38_143685_box_Incident_Summaries_101-172
Agency: Department of War
Page 104
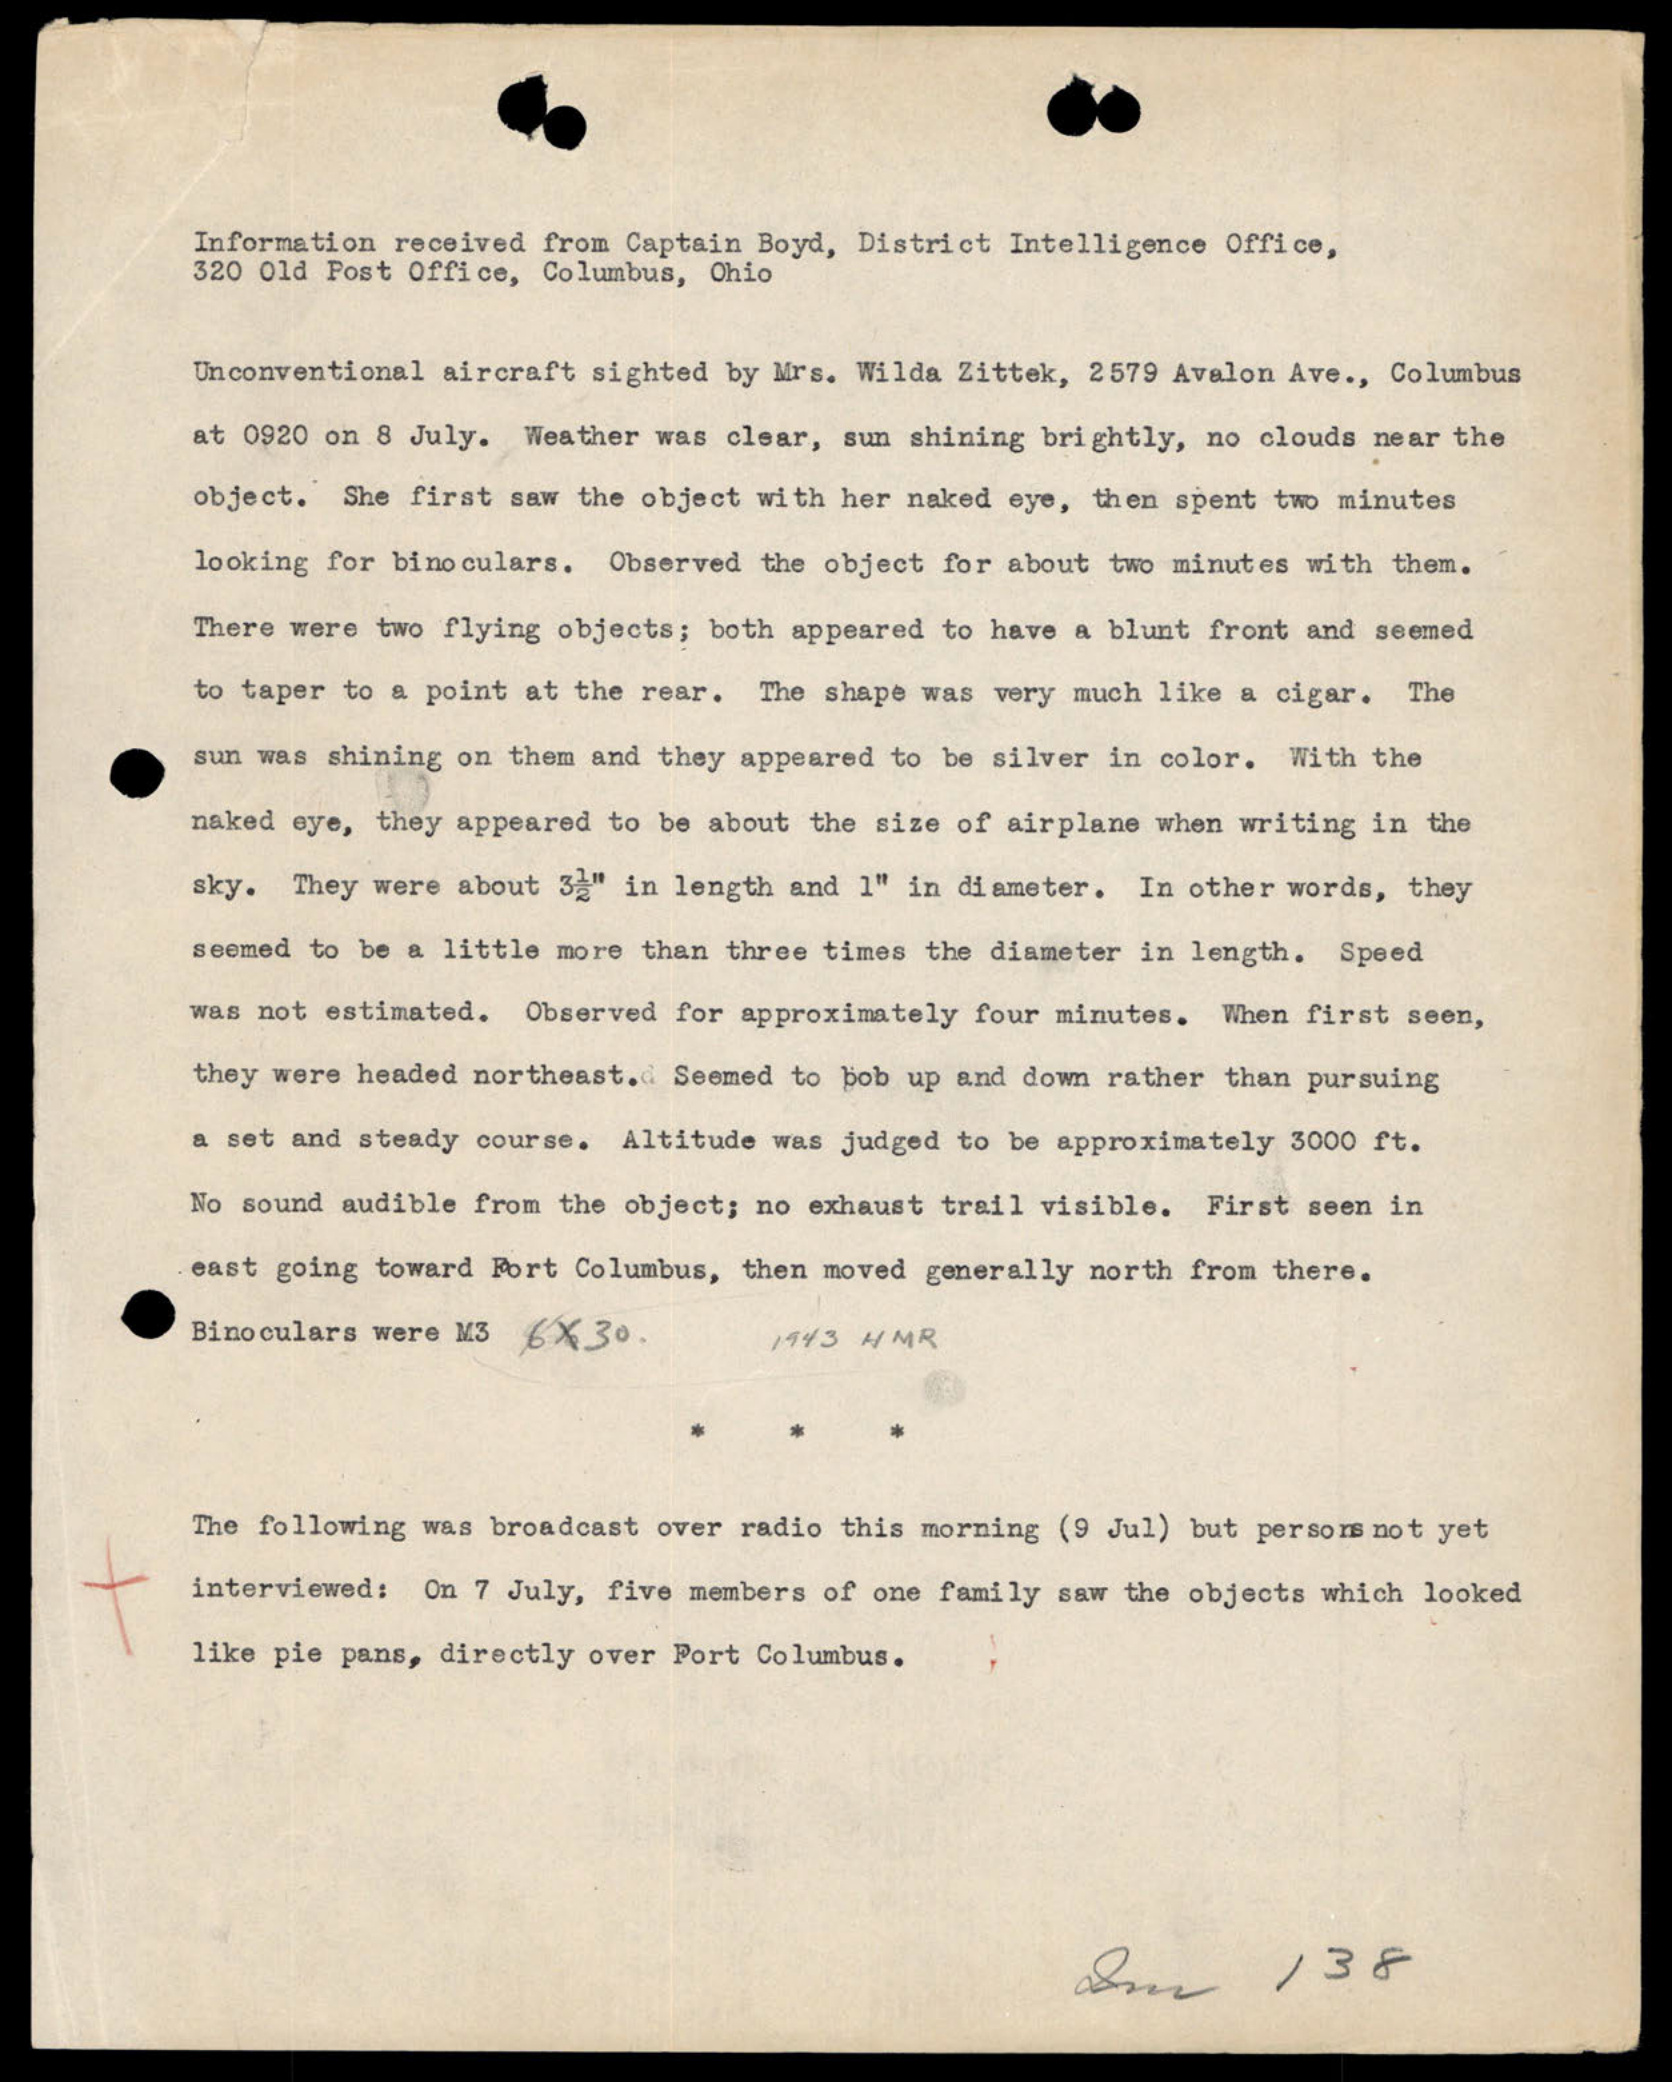